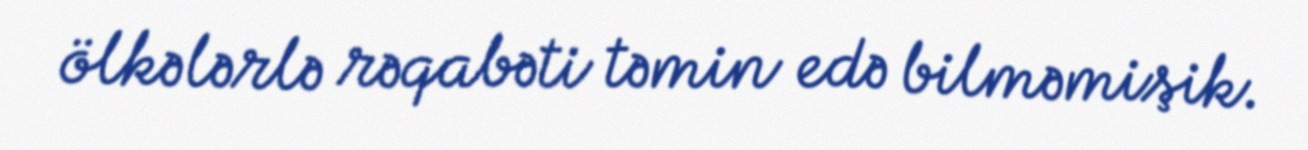
ölkələrlə rəqabəti təmin edə bilməmişik.